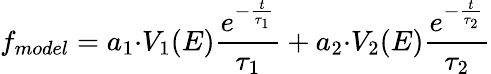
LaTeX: f_{model}=a_{1}{\cdot}V_{1}(E)\frac{e^{-\frac{t}{\tau_{1}}}}{\tau_{1}}+a_{2}{\cdot}V_{2}(E)\frac{e^{-\frac{t}{\tau_{2}}}}{\tau_{2}}